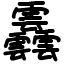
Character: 䨺